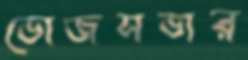
ভোজসভার